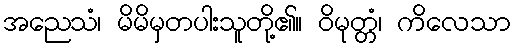
အညေသံ၊ မိမိမှတပါးသူတို့၏။ ဝိမုတ္တံ၊ ကိလေသာ